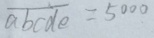
\overline { a b c d e } = 5 0 0 0